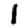
Digit: 1